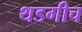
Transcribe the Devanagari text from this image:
थडगीच